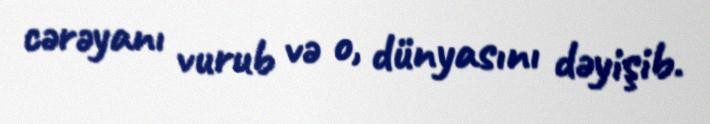
cərəyanı vurub və o, dünyasını dəyişib.